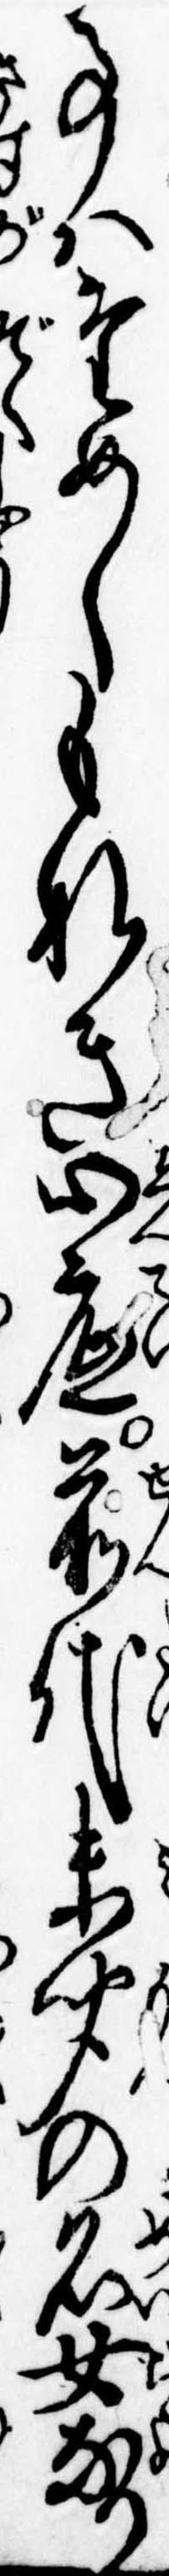
事はためしもなき心底前代未聞の名女なり